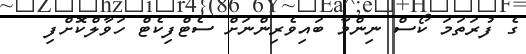
ގެ ފުރަތަމަ ކޯސް ނިންމާ ބައިވެރިންނަށް ސެޓްފިކެޓް ހަވާލްކޮށްފި